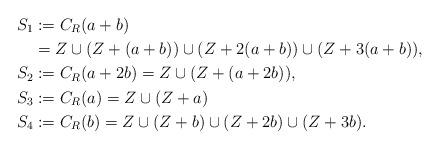
LaTeX: \begin{align*}S_1 &:= C_R(a + b)\\&= Z \cup (Z + (a + b)) \cup (Z + 2(a + b)) \cup (Z + 3(a + b)),\\S_2 &:= C_R(a + 2b) = Z \cup (Z + (a + 2b)), \\ S_3 &:= C_R(a) = Z \cup (Z + a) \\S_4 &:= C_R(b)= Z \cup (Z + b) \cup (Z + 2b) \cup (Z + 3b). \end{align*}